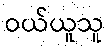
ဝယ်ယူသူ